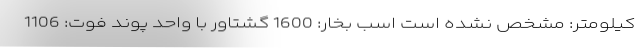
کیلومتر: مشخص نشده است اسب بخار: 1600 گشتاور با واحد پوند فوت: 1106